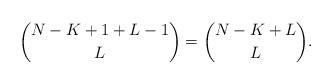
LaTeX: \begin{align*}\binom{N-K+1+L-1}{L} = \binom{N-K+L}{L}.\end{align*}